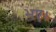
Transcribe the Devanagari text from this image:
भए।